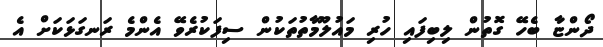
ދޯންޏާ ބެހޭ ގޮތުން ލިބިފައި ހުރި މައުލޫމާތުތަކުން ސިފަކުރެވޭ އެންމެ ރަނގަޅަކަށް އެ